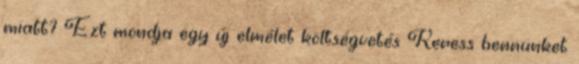
miatt? Ezt mondja egy új elmélet költségvetés Keress bennünket